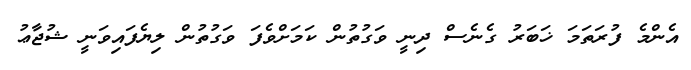
އެންމެ ފުރަތަމަ ޚަބަރު ގެނެސް ދިނީ ވަގުތުން ކަމަށްވެފަ ވަގުތުން ލިޔެފައިވަނީ ޝުޖާޢު